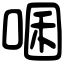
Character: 㖥